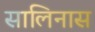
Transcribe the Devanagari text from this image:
सालिनास